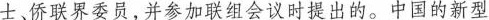
±、侨联界委员，并参加联组会议时提出的。中国的新型